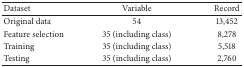
<table><thead><tr><td><b>Dataset</b></td><td><b>Variable</b></td><td><b>Record</b></td></tr></thead><tbody><tr><td>Original data</td><td>54</td><td>13,452</td></tr><tr><td>Feature selection</td><td>35 (including class)</td><td>8,278</td></tr><tr><td>Training</td><td>35 (including class)</td><td>5,518</td></tr><tr><td>Testing</td><td>35 (including class)</td><td>2,760</td></tr></tbody></table>